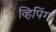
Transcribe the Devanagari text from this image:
व्हिपिंग